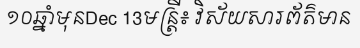
១០ឆ្នាំមុនDec 13មន្ត្រី៖ វិស័យសារព័ត៌មាន